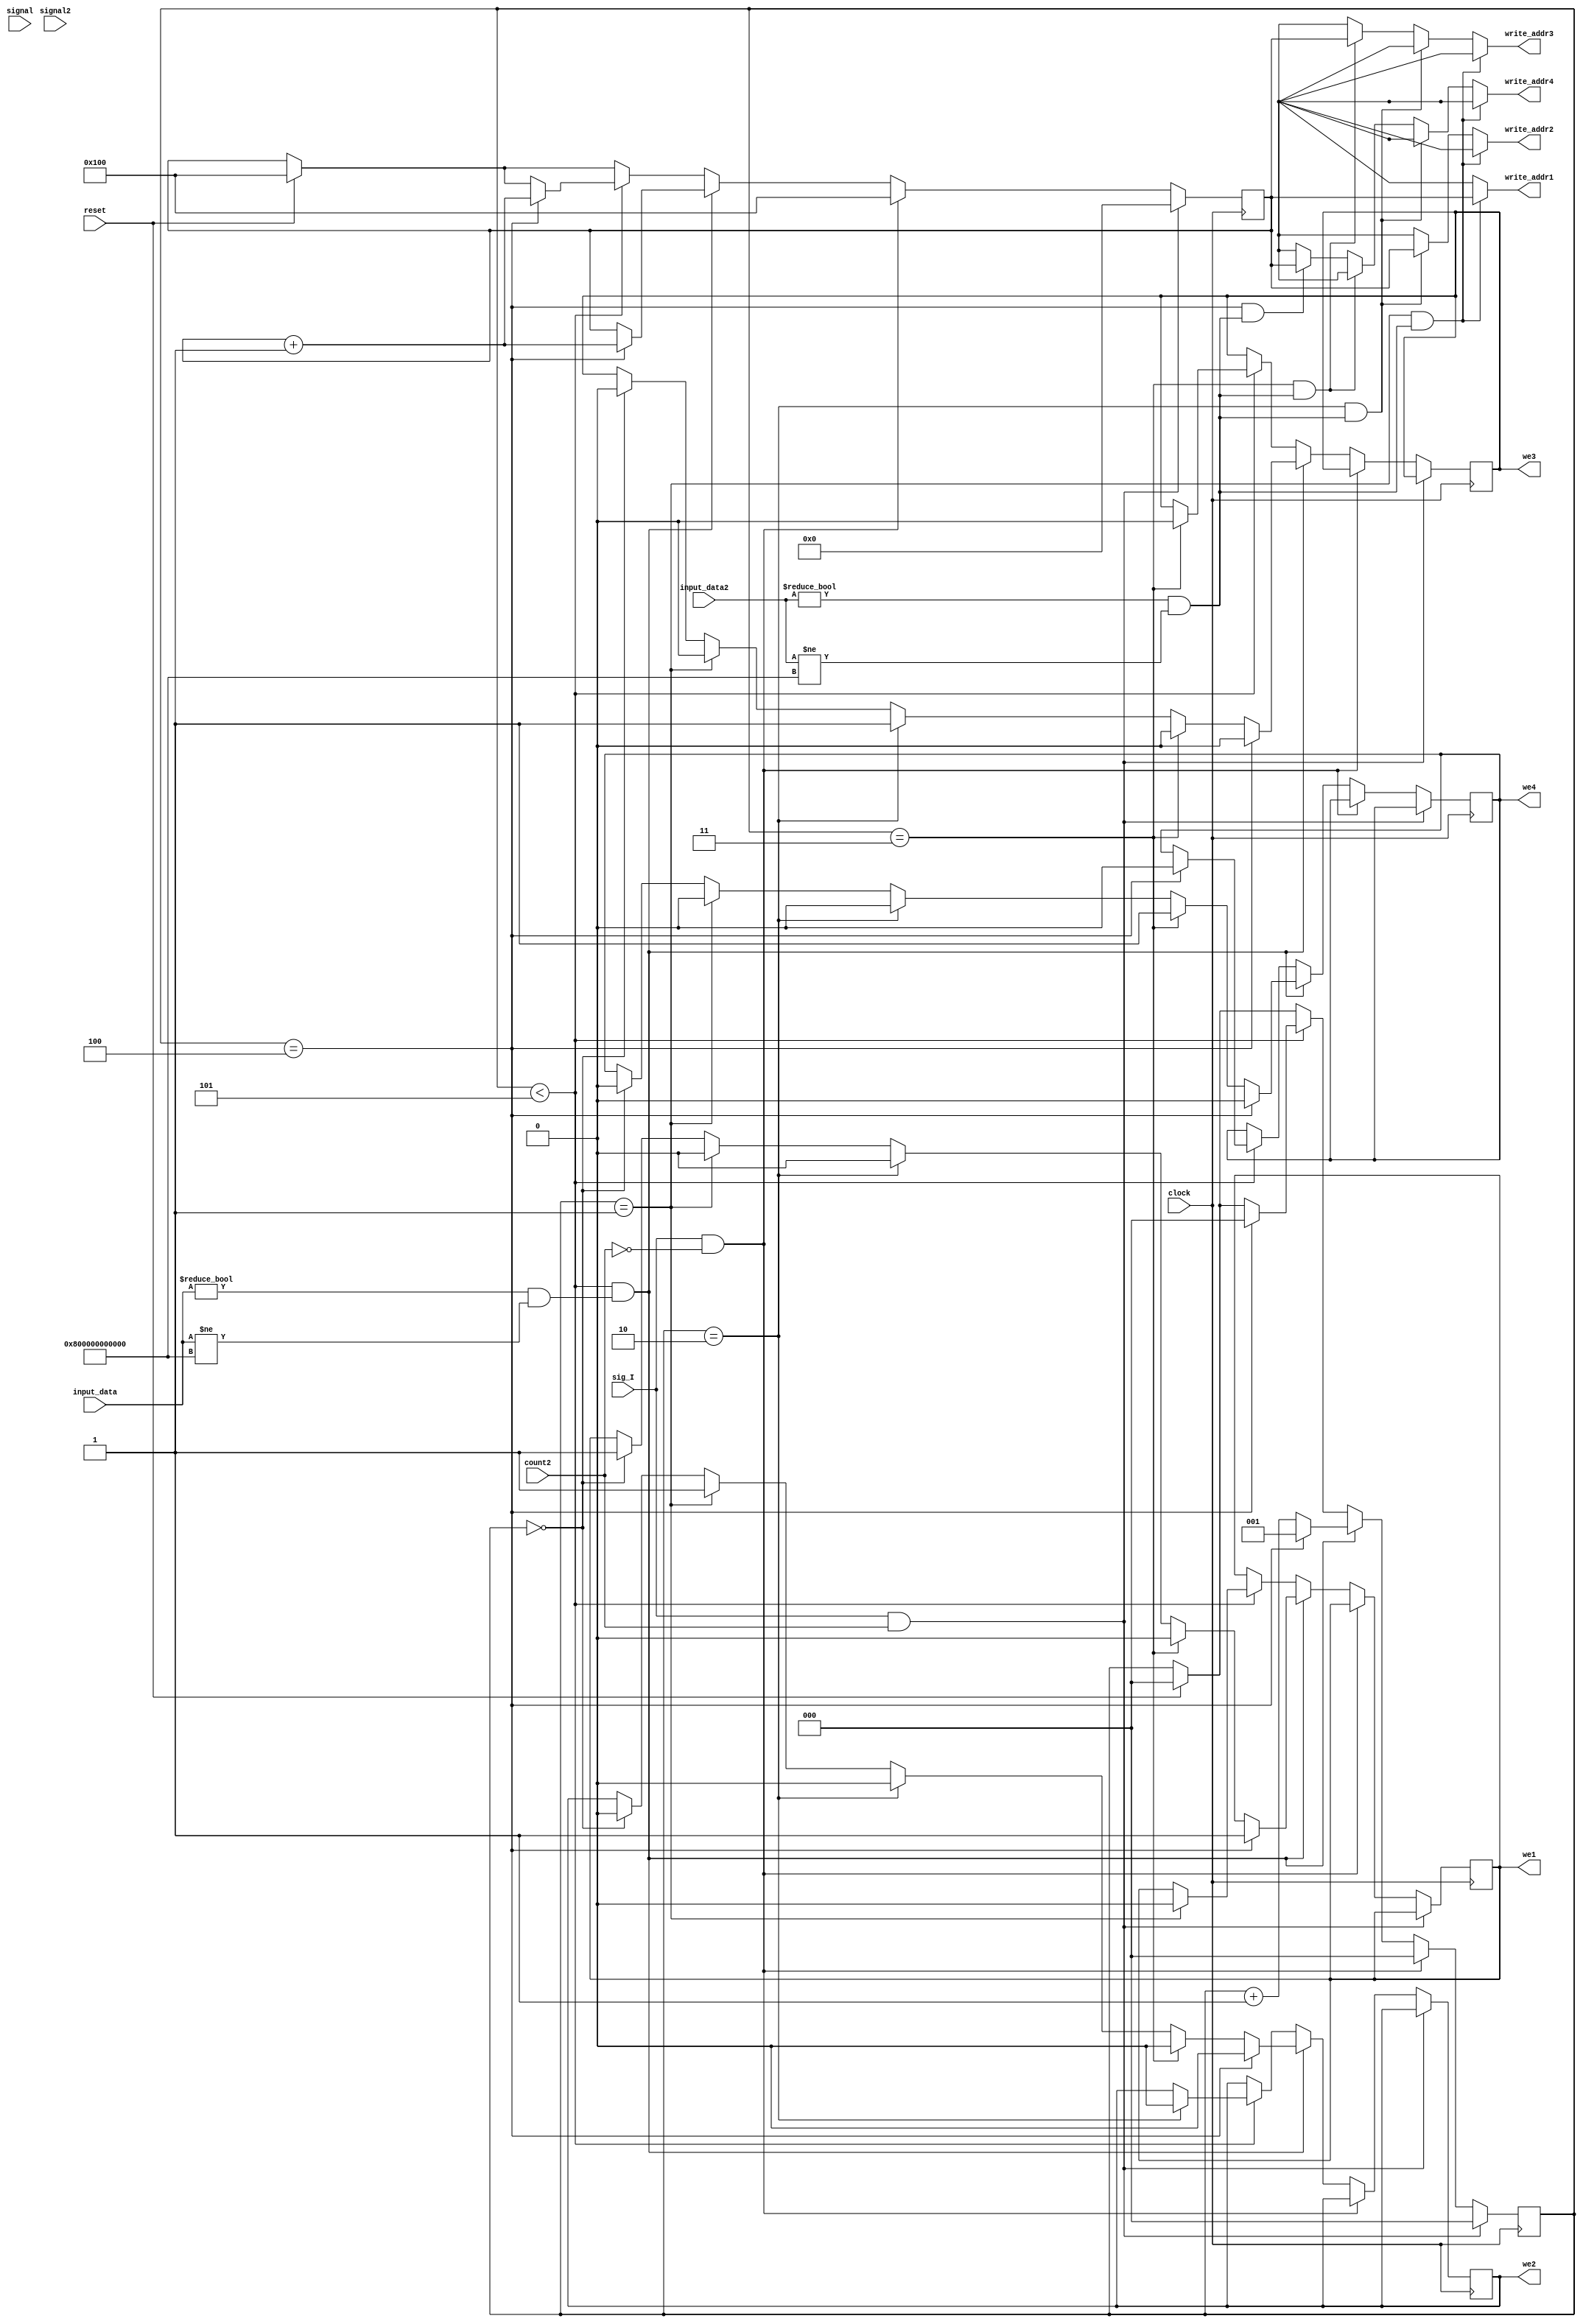
module v_sched(signal,signal2,clock,reset,write_addr1,we1,write_addr2,we2,write_addr3,we3,write_addr4,we4,sig_I,count2,input_data,input_data2);

input signal;
input signal2;
input clock;
input reset;
input sig_I;
input count2;
input [47:0] input_data;
input [47:0] input_data2;

output [8:0] write_addr1,write_addr2,write_addr3,write_addr4;
output we1,we2,we3,we4;

reg [8:0] write_addr1,write_addr2,write_addr3,write_addr4;
reg we1,we2,we3,we4;
reg we;

reg [2:0] count;
reg [8:0] addressV;

always@(posedge clock)
begin
	if(reset)
	begin
		count <= 3'b000;
		addressV <= 9'h100;
		we <= 1'b0;
	end
	if(sig_I && count2)
	begin
		count <= 3'b000;
		addressV <= 9'h0;
		we <= 1'b0;
	end
	else if(sig_I && !count2)
	begin
		count <= 3'b000;
		addressV <= 9'h100;
		we <= 1'b0;
	end
	else if(count < 3'b101 && (input_data != 48'b0 && input_data != 48'h800000000000))
	begin
		count <= count + 1'b1;
		addressV <= addressV;
		if(count == 3'b000)
		begin
			we1 <= 1'b1;
			we2 <= 1'b0;
			we3 <= 1'b0;
			we4 <= 1'b0;
		end
		if(count == 3'b001)
		begin
			we2 <= 1'b1;
			we1 <= 1'b0;
			we3 <= 1'b0;
			we4 <= 1'b0;
		end
		if(count == 3'b010)
		begin
			we3 <= 1'b1;
			we1 <= 1'b0;
			we2 <= 1'b0;
			we4 <= 1'b0;
		end
		if(count == 3'b011)
		begin
			we4 <= 1'b1;
			we1 <= 1'b0;
			we2 <= 1'b0;
			we3 <= 1'b0;
		end
		if(count == 3'b100)
		begin
			we4 <= 1'b0;
			we1 <= 1'b1;
			we2 <= 1'b0;
			we3 <= 1'b0;
			addressV <= addressV + 1'b1;
			count <= 3'b001;
		end
	end
	else if(count < 3'b101)
	begin
		if(count == 3'b001)
			we1 <= 1'b0;
		if(count == 3'b010)
			we2 <= 1'b0;
		if(count == 3'b011)
			we3 <= 1'b0;
		if(count == 3'b100)
		begin
			we4 <= 1'b0;
			count <= 3'b000;
			addressV <= addressV + 1'b1;		
		end
	end
end

always@(*)
begin
	write_addr1 = 9'hx;write_addr2 = 9'hx; write_addr3 = 9'hx;write_addr4 = 9'hx;
	//we1 = 1'b0;we2 = 1'b0;we3 = 1'b0;we4 = 1'b0;
	if(count == 3'b001 && (input_data2 != 48'b0 && input_data2 != 48'h800000000000))
	begin
		write_addr1 = addressV;
		//we1 = we;
	end
	else if(count == 3'b010 && (input_data2 != 48'b0 && input_data2 != 48'h800000000000))
	begin
		write_addr2 = addressV;
		//we2 = we;
	end
	else if(count == 3'b011 && (input_data2 != 48'b0 && input_data2 != 48'h800000000000))
	begin
		write_addr3 = addressV;
	//	we3 = we;
	end
	else if(count == 3'b100 && (input_data2 != 48'b0 && input_data2 != 48'h800000000000))
	begin
		write_addr4 = addressV;
		//we4 = we;
	end
end

endmodule